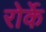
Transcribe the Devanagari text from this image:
रोर्के